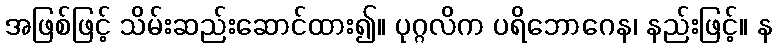
အဖြစ်ဖြင့် သိမ်းဆည်းဆောင်ထား၍။ ပုဂ္ဂလိက ပရိဘောဂေန၊ နည်းဖြင့်။ န